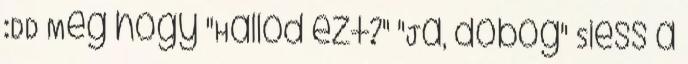
:DD Meg hogy "Hallod ezt?" "Ja, dobog" Siess a